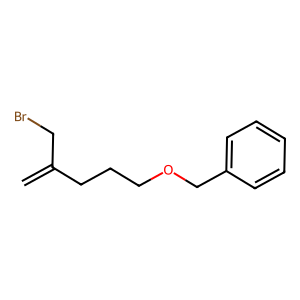
SMILES: C=C(CBr)CCCOCc1ccccc1
Inhibits HIV replication: No